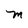
Character: M